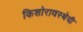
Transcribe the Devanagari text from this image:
किशोरावस्थेची